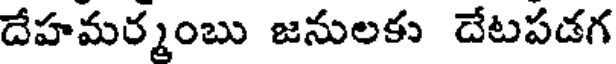
దేహమర్మంబు జనులకు దేటపడగ